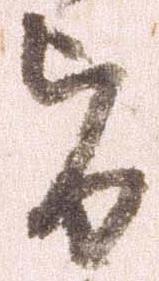
旨